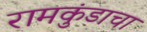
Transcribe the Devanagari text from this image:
रामकुंडाचा